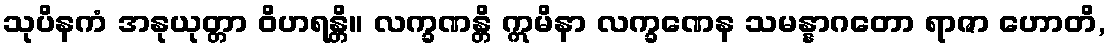
သုပိနကံ အနုယုတ္တာ ဝိဟရန္တိ။ လက္ခဏန္တိ ဣမိနာ လက္ခဏေန သမန္နာဂတော ရာဇာ ဟောတိ,